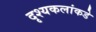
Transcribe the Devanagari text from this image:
दृश्यकलांकडे